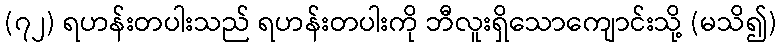
(၇၂) ရဟန်းတပါးသည် ရဟန်းတပါးကို ဘီလူးရှိသောကျောင်းသို့ (မသိ၍)